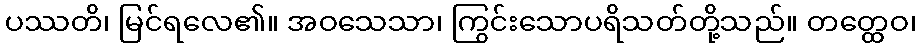
ပဿတိ၊ မြင်ရလေ၏။ အဝသေသာ၊ ကြွင်းသောပရိသတ်တို့သည်။ တတ္ထေဝ၊